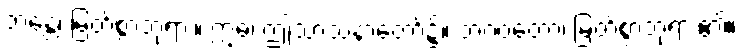
ဘန္တေ၊ မြတ်စွာဘုရား။ ဣဓ၊ ဤသာသနာတော်၌။ ဘဂဝတော၊ မြတ်စွာဘုရား၏။